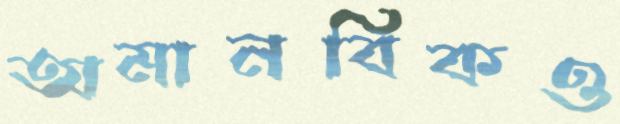
অমানবিকও